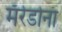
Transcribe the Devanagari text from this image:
मॅरेडोना